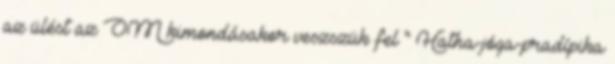
az ülést az OM kimondásakor veszszük fel " Hatha-jóga-pradípika